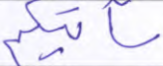
سآتيكم